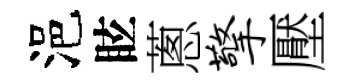
浥眩蔥擎壓